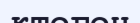
ктеген